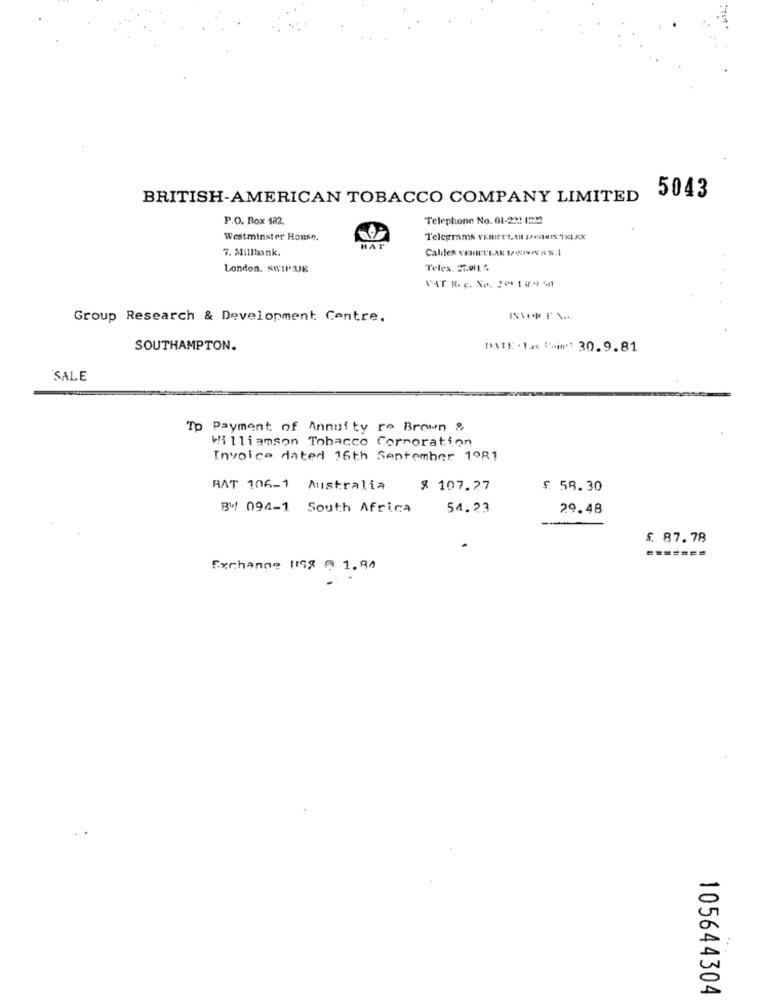
BRITISH-AMERICAN TOBACCO COMPANY LIMITED
5043
P.O. Box 182.
Telephone No. 01-2M! 1232
Westminster Honse.
Telegrams vemett,AR DESIISTKLKX
7. Millbank.
HAT
London. SWIPJE
Telex 27.001.6
VAT R. c. No. 200 1 499 Sat
Group Research & Development Centre.
SOUTHAMPTON.
DATE . Tas 1-in: 30.9.81
SALE
To Payment of Annuity re Brown &
Williamson Tobacco Corporation
Invoice dated 16th September 1º81
RAT 106-1 Australia
$ 107.27
£ 58.30
BW 094-1 South Africa
54.23
29.48
£ 87.78
Exchange 1158 @ 1.90
.
105644304